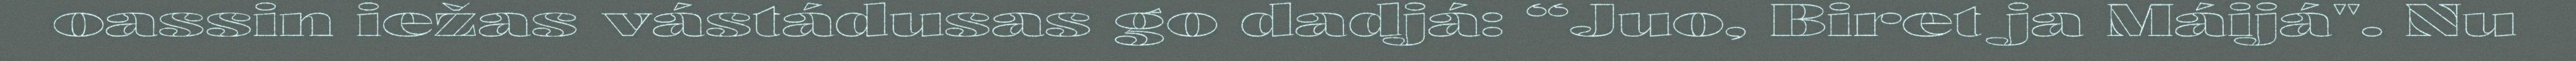
oassin iežas vástádusas go dadjá: “Juo, Biret ja Máijá". Nu